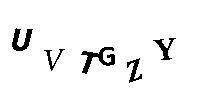
UVTGZY